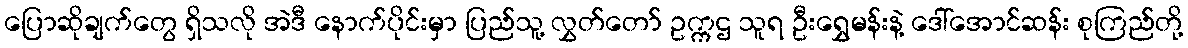
ပြောဆိုချက်တွေ ရှိသလို အဲဒီ နောက်ပိုင်းမှာ ပြည်သူ့ လွှတ်တော် ဥက္ကဌ သူရ ဦးရွှေမန်းနဲ့ ဒေါ်အောင်ဆန်း စုကြည်တို့